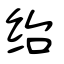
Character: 绐